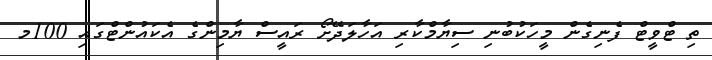
ތި ޓްވީޓް ފެނިގެން މީހަކުބުނި ސިޔާމްކާރި އަހާލަދޭށޯ ރައީސް ޔާމިންގެ އެކައުންޓްގައި 100މ